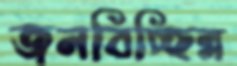
জনবিচ্ছিন্ন